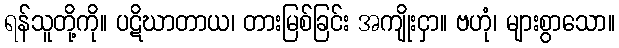
ရန်သူတို့ကို။ ပဋိဃာတာယ၊ တားမြစ်ခြင်း အကျိုးငှာ။ ဗဟုံ၊ များစွာသော။